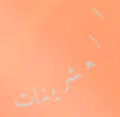
العشرينات